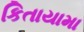
કિતાયામા